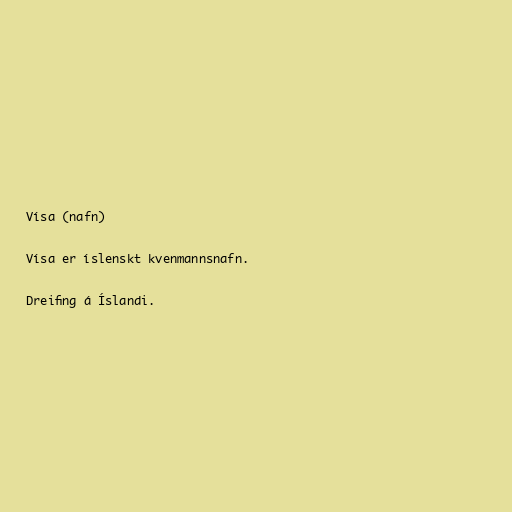
Vísa (nafn)

Vísa er íslenskt kvenmannsnafn.

Dreifing á Íslandi.